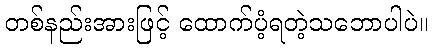
တစ်နည်းအားဖြင့် ထောက်ပံ့ရတဲ့သဘောပါပဲ။